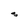
Character: s